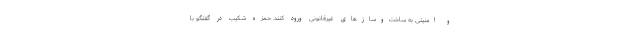
و امنیتی به ساخت‌وسازهای غیرقانونی ورود کنند. حمزه شکیب در گفتگو با